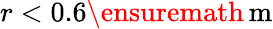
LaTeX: r<0.6\ensuremath{\, \mathrm{m}}